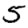
Digit: 5